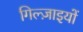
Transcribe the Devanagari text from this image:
गिल्ज़ाइयों